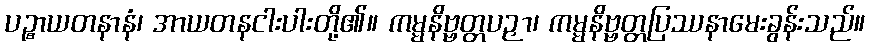
ပဉ္စာယတနာနံ၊ အာယတနငါးပါးတို့၏။ ကမ္မနိဗ္ဗတ္တပဉှာ၊ ကမ္မနိဗ္ဗတ္တပြဿနာမေးခွန်းသည်။